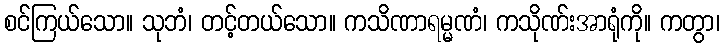
စင်ကြယ်သော။ သုဘံ၊ တင့်တယ်သော။ ကသိဏာရမ္မဏံ၊ ကသိုဏ်းအာရုံကို။ ကတွာ၊